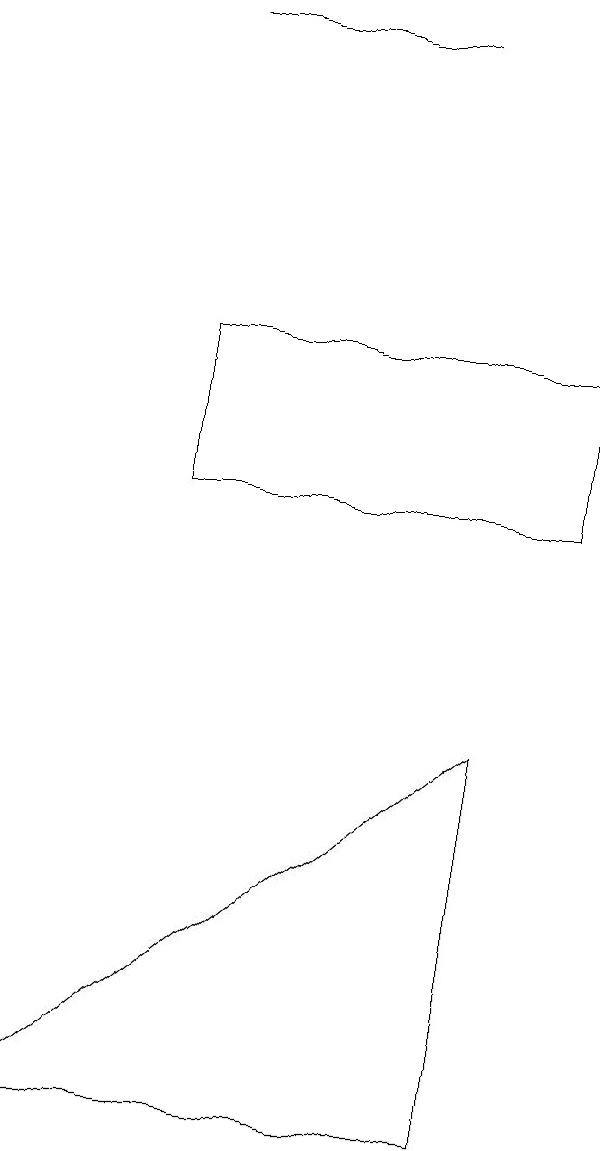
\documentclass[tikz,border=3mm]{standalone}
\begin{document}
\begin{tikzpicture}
\draw (2,12) rectangle (7,10);
\draw (5,16) rectangle (2,16);
\draw (0,2) -- (6,2) -- (6,7) -- cycle;
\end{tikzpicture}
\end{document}